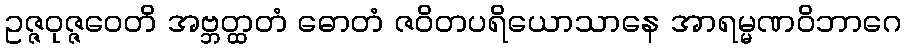
ဥဇ္ဇဝုဇ္ဇဝေတိ အဗ္ဘတ္ထတံ ဓောတံ ဇဝိတပရိယောသာနေ အာရမ္မဏဝိဘာဂေ